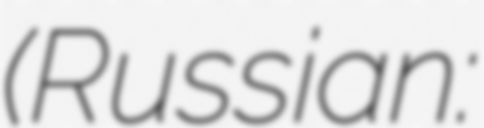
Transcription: (Russian: